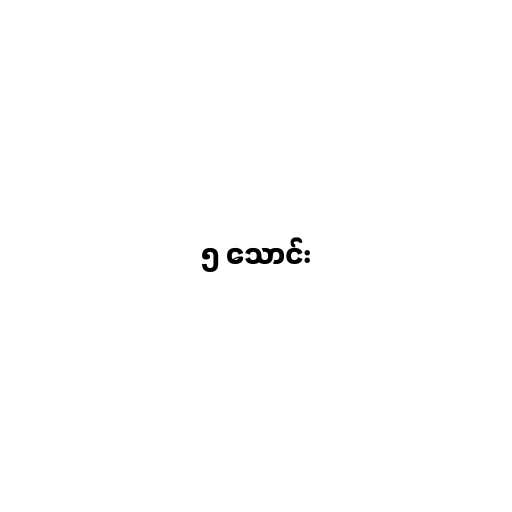
၅ သောင်း